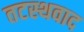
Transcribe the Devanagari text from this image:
तटस्थवाद